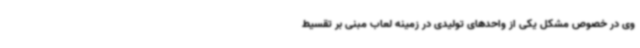
وی در خصوص مشکل یکی از واحدهای تولیدی در زمینه لعاب مبنی بر تقسیط